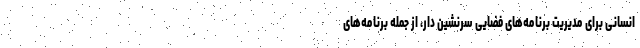
انسانی برای مدیریت برنامه‌های فضایی سرنشین دار، از جمله برنامه‌های